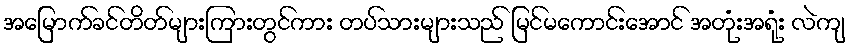
အမြောက်ခင်တိတ်များကြားတွင်ကား တပ်သားများသည် မြင်မကောင်းအောင် အတုံးအရုံး လဲကျ